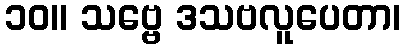
၁၀။ သဗ္ဗေ ဒသဗလူပေတာ၊